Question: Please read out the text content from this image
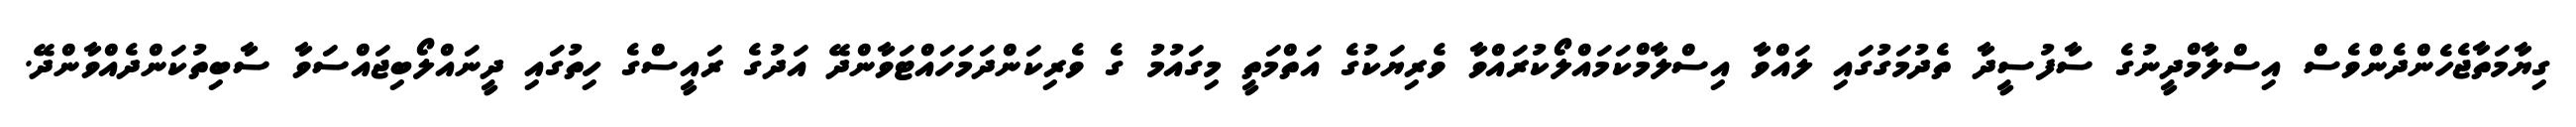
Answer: ގިޔާމަތާޖެހެންދެންވެސް އިސްލާމްދީނުގެ ސާފުސީދާ ތެދުމަގުގައި ލައްވާ އިސްލާމްކަމައްލޯކުރައްވާ ވެރިޔަކުގެ އަތްމަތީ މިގައުމު ގެ ވެރިކަންދަމަހައްޓަވާންދޭ އަދުގެ ރައީސްގެ ހިތުގައި ދީނައްލޯބިޖައްސަވާ ސާބިތުކަންދެއްވާންދޭ.